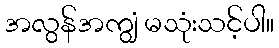
အလွန်အကျွံ မသုံးသင့်ပါ။